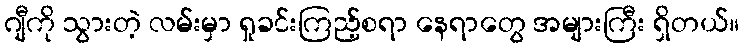
ဂျီကို သွားတဲ့ လမ်းမှာ ရှုခင်းကြည့်စရာ နေရာတွေ အများကြီး ရှိတယ်။